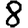
Digit: 8